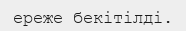
ереже бекітілді.